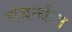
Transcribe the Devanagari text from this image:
संबन्धीत